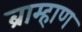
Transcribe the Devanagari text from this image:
ब्राम्हाण